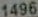
1496